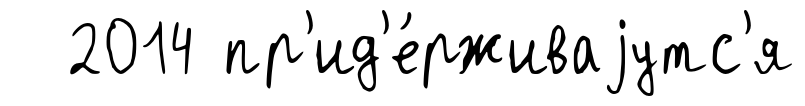
2014 пр'ид'е́рживаjутс'я